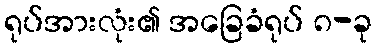
ရုပ်အားလုံး၏ အခြေခံရုပ် ၈-ခု